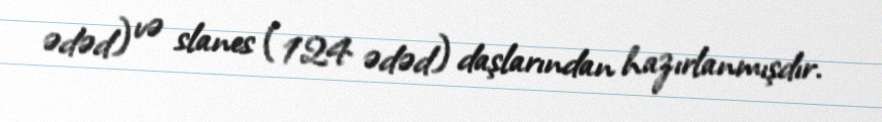
ədəd) və slanes (124 ədəd) daşlarından hazırlanmışdır.